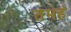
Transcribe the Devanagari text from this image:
तमहं